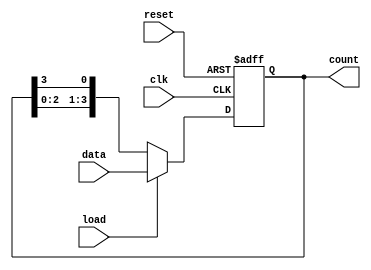
module LoadableRingCounter (
    input wire clk,          // Clock signal
    input wire reset,        // Asynchronous reset signal
    input wire load,         // Load control signal
    input wire [N-1:0] data, // Input data to load into the counter
    output reg [N-1:0] count // Current count value
);
    parameter N = 4; // Number of bits (flip-flops) in the counter

    always @(posedge clk or posedge reset) begin
        if (reset) begin
            // Asynchronous reset to a known state (e.g., all zeros)
            count <= {N{1'b0}};
        end else if (load) begin
            // Load the specified value into the counter
            count <= data;
        end else begin
            // Ring counting logic: shift right and wrap around
            count <= {count[N-2:0], count[N-1]};
        end
    end
endmodule